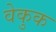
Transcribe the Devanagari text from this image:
वेकुक